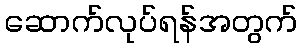
ဆောက်လုပ်ရန်အတွက်